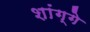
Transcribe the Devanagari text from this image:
शांग्गे